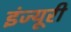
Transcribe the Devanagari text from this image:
इंज्यूरी